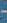
-